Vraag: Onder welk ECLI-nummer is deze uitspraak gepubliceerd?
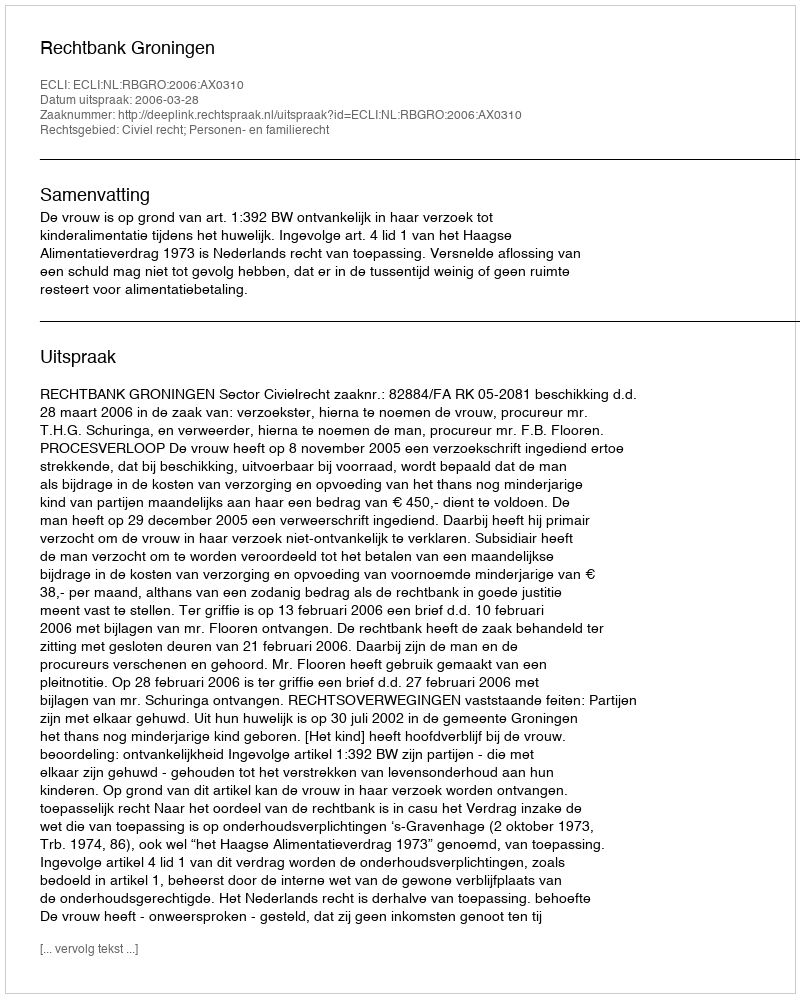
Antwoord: ECLI:NL:RBGRO:2006:AX0310